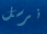
نرسل